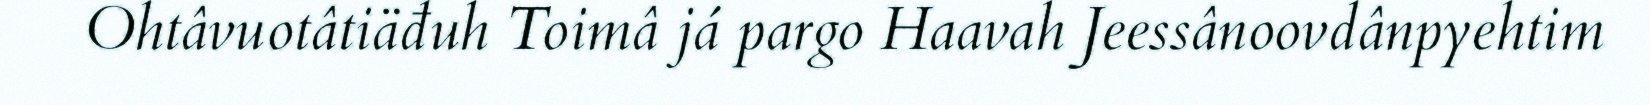
Ohtâvuotâtiäđuh Toimâ já pargo Haavah Jeessânoovdânpyehtim